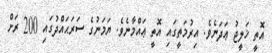
އޮތީ ޚަލީޖު ޢަދަނެވެ. އިރުމަތީގައި އޮތީ ޢައްމާނެވެ. ޔަމަނުގެ ސަރަޙައްދުގައިި 200 ރަށް